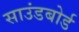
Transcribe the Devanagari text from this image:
साउंडबोर्ड